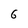
Character: 6